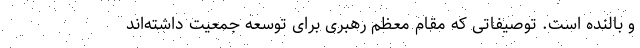
و بالنده است. توصیفاتی که مقام معظم رهبری برای توسعه جمعیت داشته‌اند